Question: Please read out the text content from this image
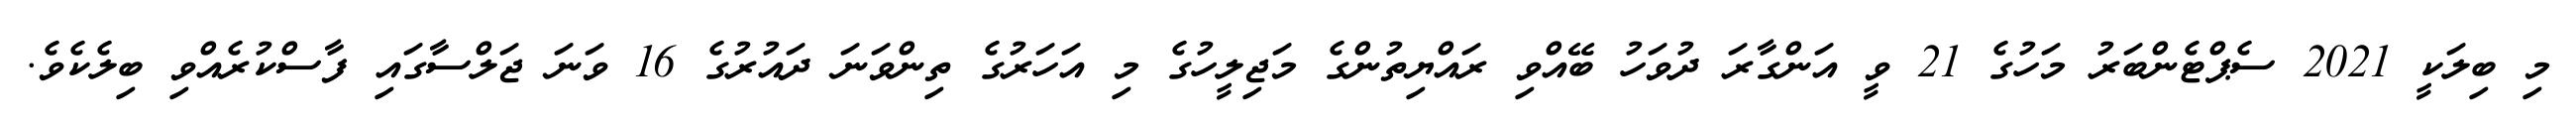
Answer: މި ބިލަކީ 2021 ސެޕްޓެންބަރު މަހުގެ 21 ވީ އަންގާރަ ދުވަހު ބޭއްވި ރައްޔިތުންގެ މަޖިލީހުގެ މި އަހަރުގެ ތިންވަނަ ދައުރުގެ 16 ވަނަ ޖަލްސާގައި ފާސްކުރެއްވި ބިލެކެވެ.